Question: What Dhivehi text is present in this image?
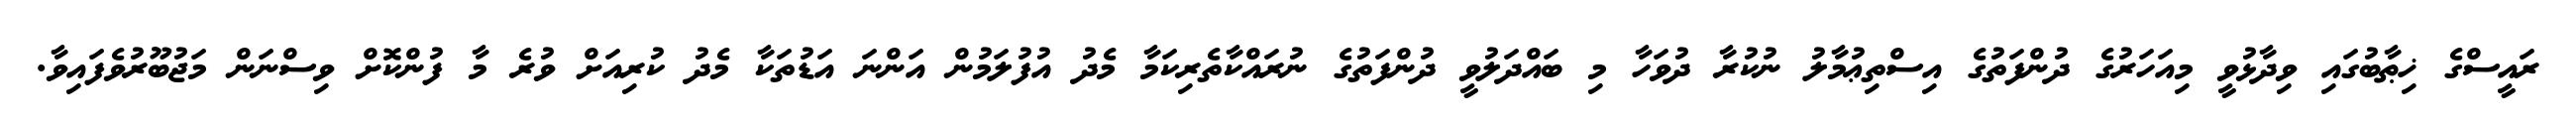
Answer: ރައީސްގެ ޚިޠާބުގައި ވިދާޅުވީ މިއަހަރުގެ ދުންފަތުގެ އިސްތިޢުމާލު ނުކުރާ ދުވަހާ މި ބައްދަލުވީ ދުންފަތުގެ ނުރައްކާތެރިކަމާ މެދު އުފުލަމުން އަންނަ އަޑުތަކާ މެދު ކުރިއަށް ވުރެ މާ ފުންކޮށް ވިސްނަން މަޖުބޫރުވެފައިވާ.